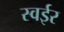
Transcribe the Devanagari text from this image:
स्वईर